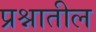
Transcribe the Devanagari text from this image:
प्रश्नातील